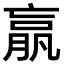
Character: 𦝠